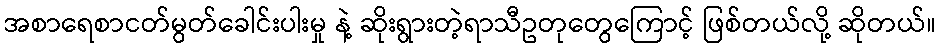
အစာရေစာငတ်မွတ်ခေါင်းပါးမှု နဲ့ ဆိုးရွားတဲ့ရာသီဥတုတွေကြောင့် ဖြစ်တယ်လို့ ဆိုတယ်။